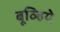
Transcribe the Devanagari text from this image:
बूव्हिये